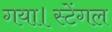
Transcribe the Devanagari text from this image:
गया।स्टेंगल